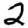
Digit: 2